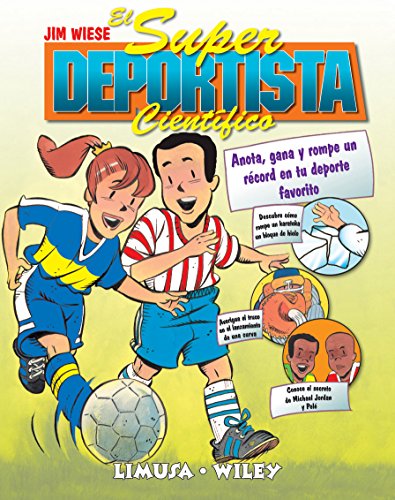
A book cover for El Super Deportista Cientifico / Sports Science: Anota, gana y rompe un record en tu deporte favorito/ Note, gain and break the record of your favorite sport (Spanish Edition); Jim Wiese; Sports & Outdoors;